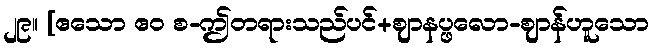
၂၉။ [ဧသော ဧဝ စ-ဤတရားသည်ပင်+ဈာနပ္ဖလော-ဈာန်ဟူသော